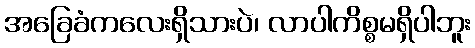
အခြေခံကလေးရှိသားပဲ၊ လာပါကိစ္စမရှိပါဘူး